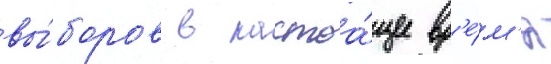
вы́боров в настоа́щее вр'е́м'я